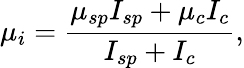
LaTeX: \mu_{i}=\frac{\mu_{sp}I_{sp}+\mu_{c}I_{c}}{I_{sp}+I_{c}},